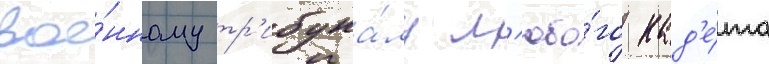
вое́нному тр'ибуна́лу л'юбо́го кад'е́та